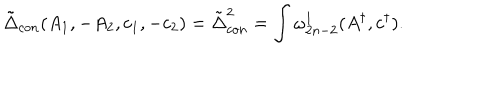
\tilde { \Delta } _ { c o n } ( A _ { 1 } , - A _ { 2 } , c _ { 1 } , - c _ { 2 } ) = \tilde { \Delta } _ { c o n } ^ { 2 } = \int \omega _ { 2 n - 2 } ^ { 1 } ( A ^ { \dagger } , c ^ { \dagger } ) .